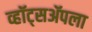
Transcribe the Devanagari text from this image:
व्हॉट्सॲपला